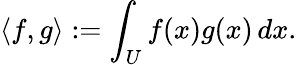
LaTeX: \langle f,g\rangle:=\int_{U}f(x)g(x)\, dx.